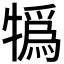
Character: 𤛨